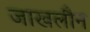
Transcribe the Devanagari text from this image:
जाखलौन